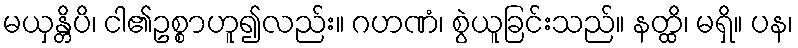
မယှန္တိပိ၊ ငါ၏ဥစ္စာဟူ၍လည်း။ ဂဟဏံ၊ စွဲယူခြင်းသည်။ နတ္ထိ၊ မရှိ။ ပန၊